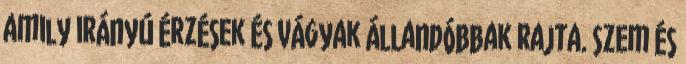
amily irányú érzések és vágyak állandóbbak rajta. Szem és